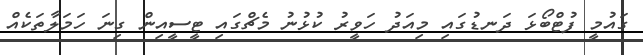
ގައުމީ ފުޓްބޯޅަ ދަނޑުގައި މިއަދު ހަވީރު ކުޅުނު މެޗްގައި ޓީސީއިން ގިނަ ހަމަލާތަކެއް